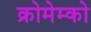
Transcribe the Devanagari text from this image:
क्रोमेम्को